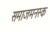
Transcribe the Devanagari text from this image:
समाजमनस्क